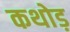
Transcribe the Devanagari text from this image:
कथोड़